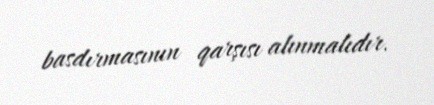
basdırmasının qarşısı alınmalıdır.